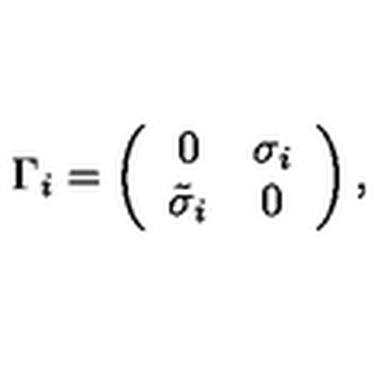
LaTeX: \Gamma _ { i } = \left( \begin{array} { c c } { 0 } & { \sigma _ { i } } \\ { { \tilde { \sigma } } _ { i } } & { 0 } \\ \end{array} \right) ,